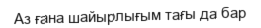
Аз ғана шайырлығым тағы да бар